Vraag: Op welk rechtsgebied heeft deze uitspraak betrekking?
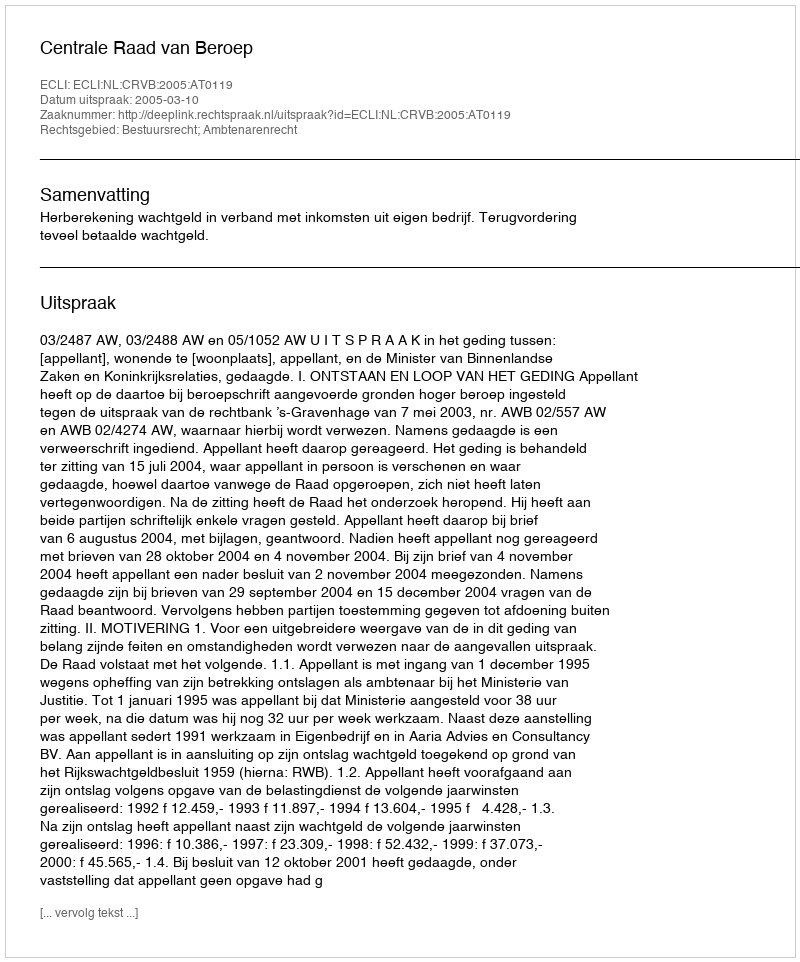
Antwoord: Bestuursrecht; Ambtenarenrecht